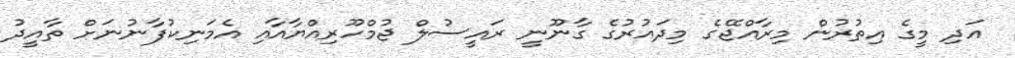
އަދި މީގެ އިތުރުން މިރާއްޖޭގެ މިދައުރުގެ ގާނޫނީ ރައީސުލް ޖުމްހޫރިއްޔާއާއި އެމަނިކުފާނުނަށް ތާއީދު